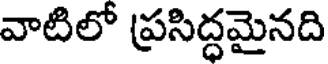
వాటిలో ప్రసిద్ధమైనది